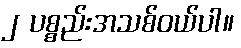
၂ ပစ္စည်းအသစ်ဝယ်ပါ။